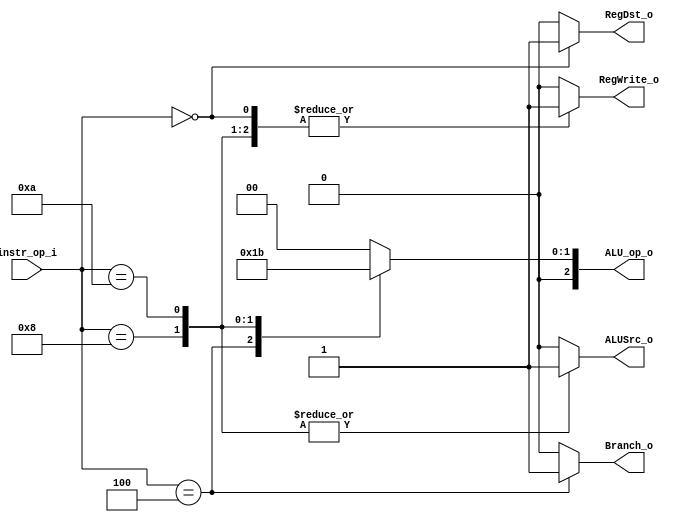
//Subject:     CO project 2 - Decoder
//--------------------------------------------------------------------------------
//Version:     1
//--------------------------------------------------------------------------------
//Writer:      110652011
//----------------------------------------------
//Date:        
//----------------------------------------------
//Description: According to instruction, assign the singles to other part of CPU.
//--------------------------------------------------------------------------------
`timescale 1ns/1ps
module Decoder(
    instr_op_i,
	RegWrite_o,
	ALU_op_o,
	ALUSrc_o,
	RegDst_o,
	Branch_o
	);
     
//I/O ports
input  [6-1:0] instr_op_i;

output         RegWrite_o;
output [3-1:0] ALU_op_o;
output         ALUSrc_o;
output         RegDst_o;
output         Branch_o;
 
//Internal Signals
reg            RegWrite_o; // write register
reg    [3-1:0] ALU_op_o;   // operator of ALU control
reg            ALUSrc_o;   // 1 if from register, 0 if from instruction
reg            RegDst_o;   // write rt or rd, 1 for rd, 0 for rt
reg            Branch_o;   // 1 if branch

//Parameter


//Main function

	always @(instr_op_i) begin
		case (instr_op_i)

			0: begin 			 // R-type
				RegWrite_o <= 1; // write
				ALU_op_o   <= 0; // accroding to function field
				ALUSrc_o   <= 0; // from register
				RegDst_o   <= 1; // write rd
				Branch_o   <= 0; // not branch
			end

			4: begin 			 // beq
				RegWrite_o <= 0; // not write
				ALU_op_o   <= 1; // sub
				ALUSrc_o   <= 0; // from register
				RegDst_o   <= 0; 
				Branch_o   <= 1; // branch
			end

			8: begin 			 // addi
				RegWrite_o <= 1; // write
				ALU_op_o   <= 2; // add
				ALUSrc_o   <= 1; // from instruction
				RegDst_o   <= 0; // write rt
				Branch_o   <= 0; // not branch
			end

			10: begin			 // slti
				RegWrite_o <= 1; // write
				ALU_op_o   <= 3; // slt
				ALUSrc_o   <= 1; // from instruction
				RegDst_o   <= 0; // write rt
				Branch_o   <= 0; // not branch
			end

			default: begin
				RegWrite_o <= 0;
				ALU_op_o   <= 0;
				ALUSrc_o   <= 0;
				RegDst_o   <= 0;
				Branch_o   <= 0;
			end
		endcase
		
	end

endmodule